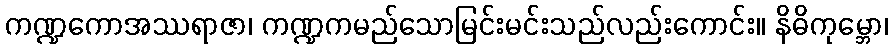
ကဏ္ဍကောအဿရာဇာ၊ ကဏ္ဍကမည်သောမြင်းမင်းသည်လည်းကောင်း။ နိဓိကုမ္ဘော၊